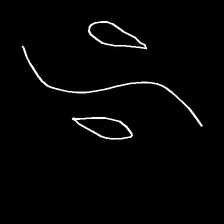
Glyph: water